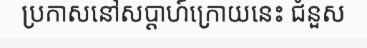
ប្រកាសនៅសប្តាហ៍ក្រោយនេះ ជំនួស